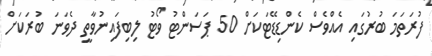
ފުރަތަމަ ބުރުގައި އެއްވެސް ކެންޑިޑޭޓަކަށް 50 ޕަސަންޓު ވޯޓު ލިބިފައިނުވާތީ ދެވަނަ ބުރަކަށް